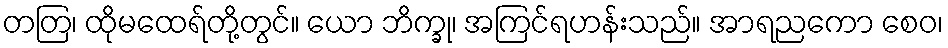
တတြ၊ ထိုမထေရ်တို့တွင်။ ယော ဘိက္ခု၊ အကြင်ရဟန်းသည်။ အာရညကော စေဝ၊